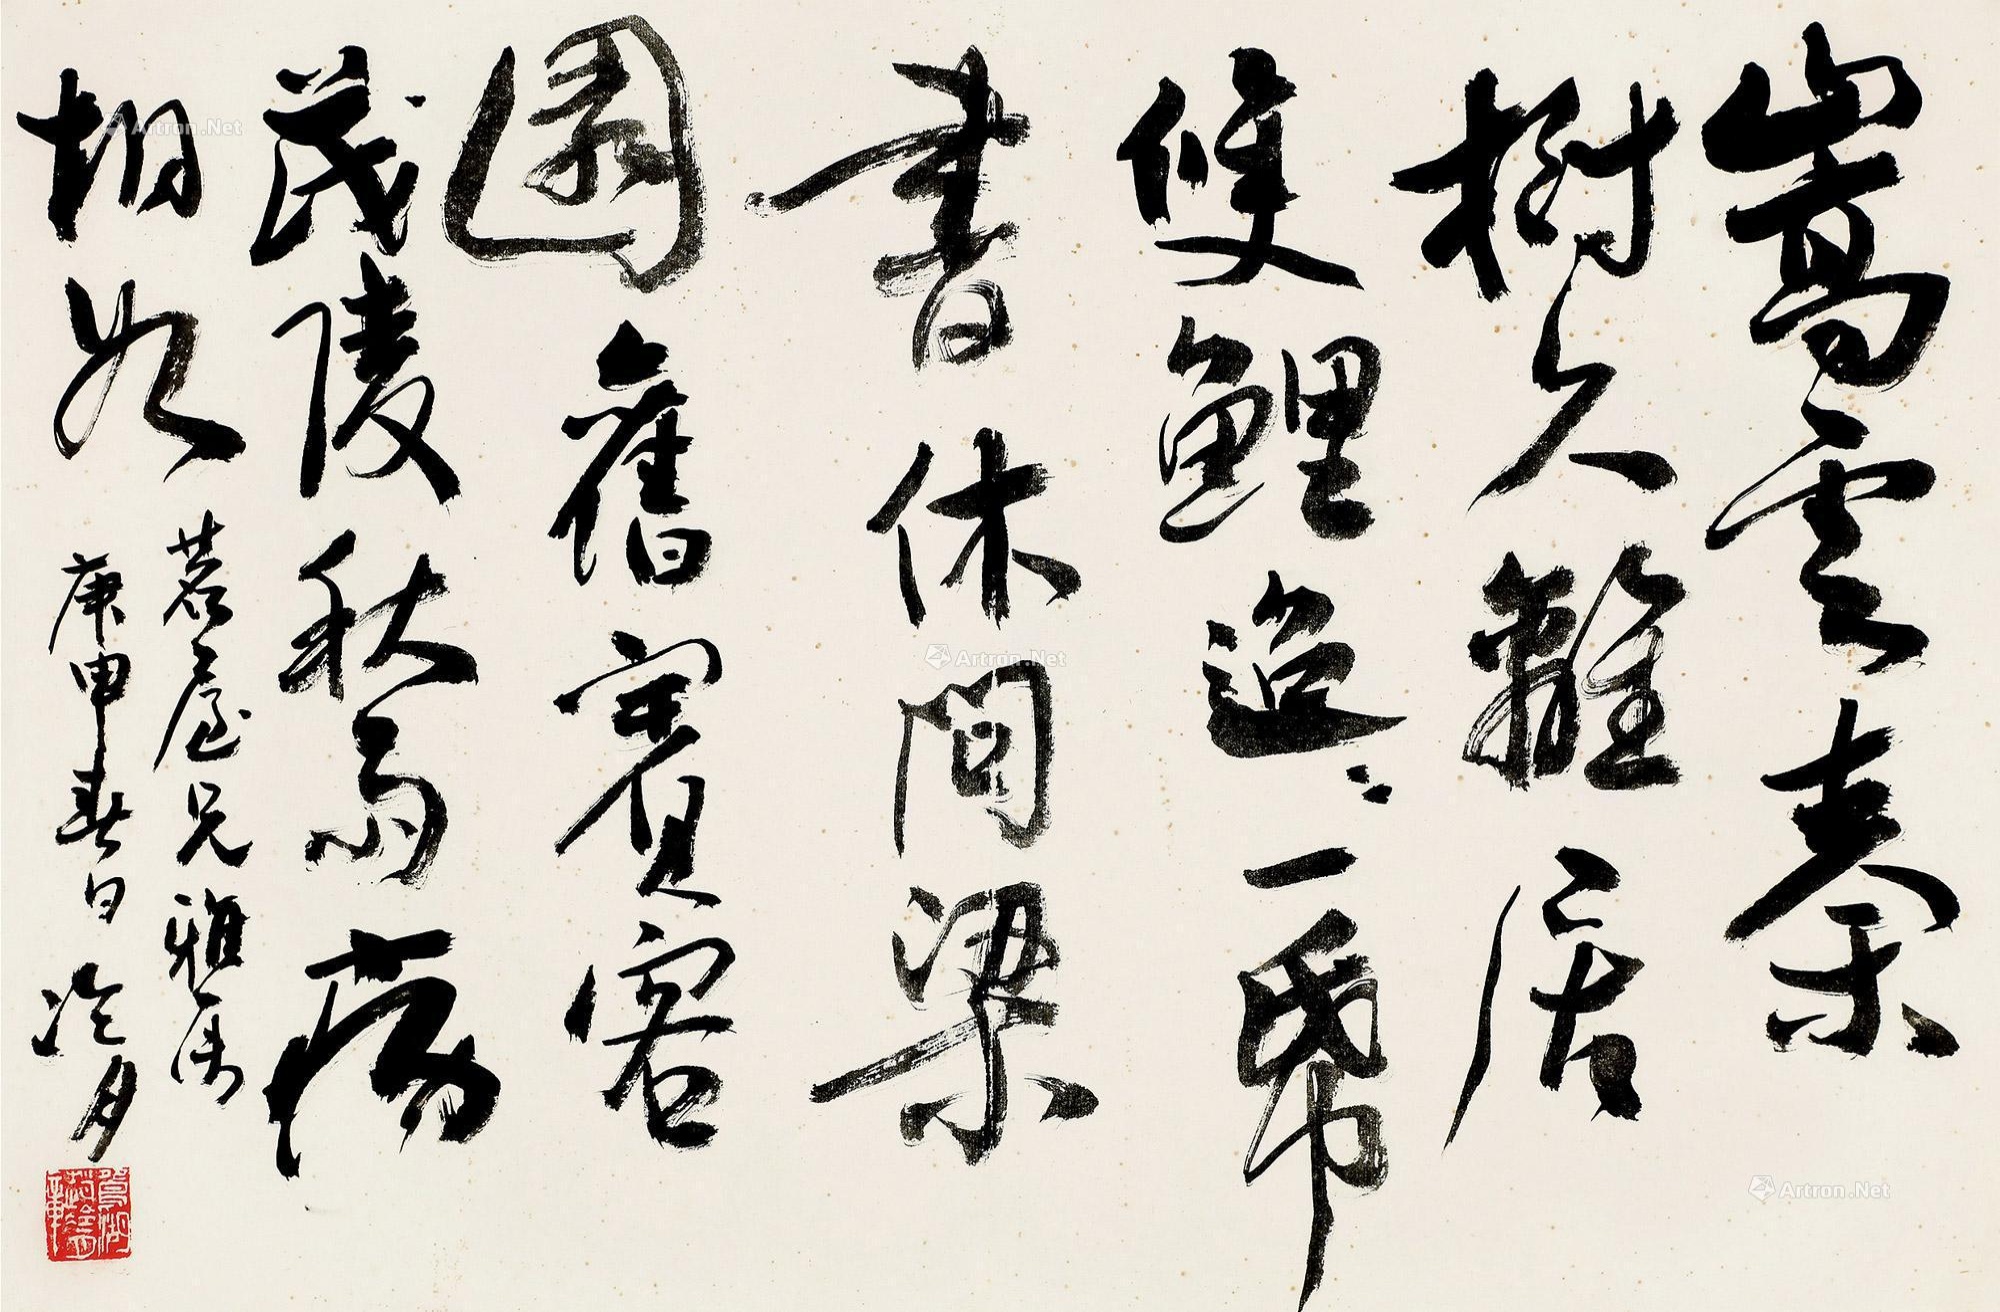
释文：嵩云秦树久离居，双鲤迢迢一纸书。休问梁园旧宾客，茂陵秋雨病相如。茗庐兄雅属，庚申春月冷月。